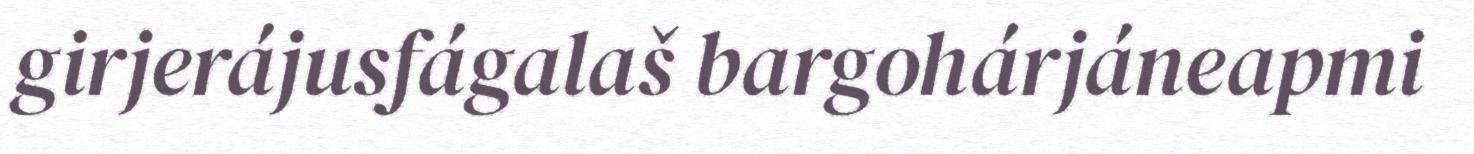
girjerájusfágalaš bargohárjáneapmi